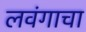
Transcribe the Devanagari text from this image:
लवंगाचा